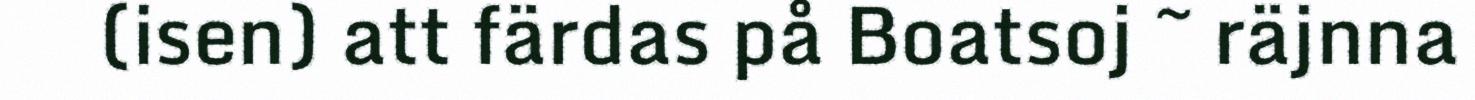
(isen) att färdas på Boatsoj ~ räjnna